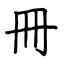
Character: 冊